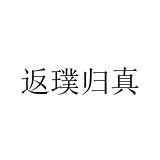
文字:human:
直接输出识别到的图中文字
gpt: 返璞归真